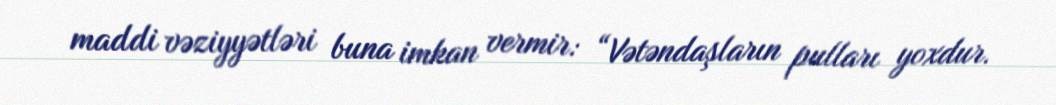
maddi vəziyyətləri buna imkan vermir: “Vətəndaşların pulları yoxdur.